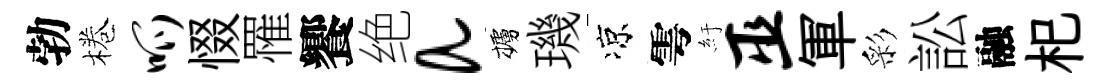
勃棬呱惙罹饗绝a櫨璣凉雩紆巫軍彩訟融𣏌